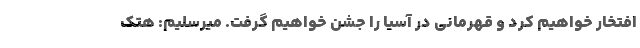
افتخار خواهیم کرد و قهرمانی در آسیا را جشن خواهیم گرفت. میرسلیم: هتک